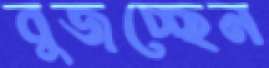
বুজচ্ছেন